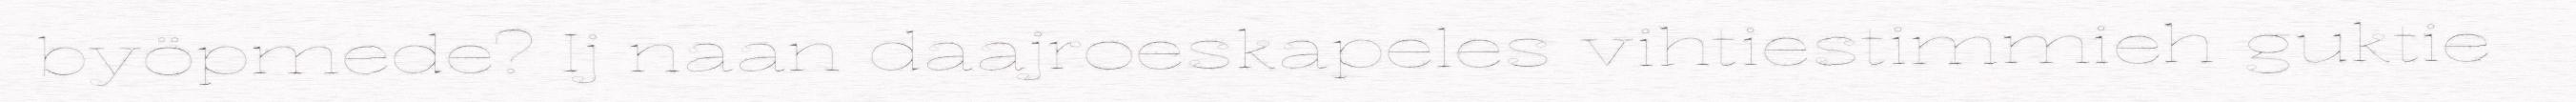
byöpmede? Ij naan daajroeskapeles vihtiestimmieh guktie